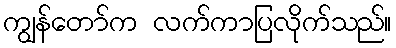
ကျွန်တော်က လက်ကာပြလိုက်သည်။